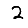
Digit: 2